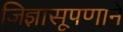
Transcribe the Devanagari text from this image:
जिज्ञासूपणाने